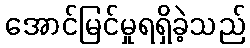
အောင်မြင်မှုရရှိခဲ့သည်